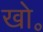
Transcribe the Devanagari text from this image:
खो॰